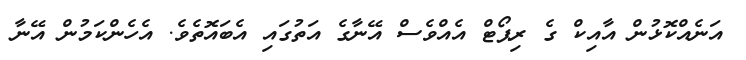
އަނެއްކޮޅުން އާއިކް ގެ ރިޕޯޓް އެއްވެސް އޭނާގެ އަތުގައި އެބައޮތެވެ. އެހެންކަމުން އޭނާ